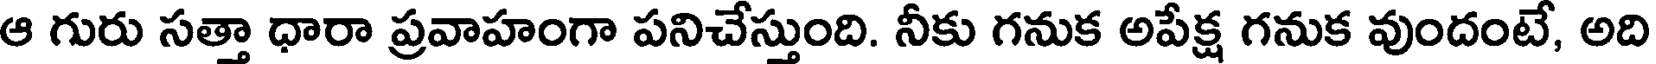
ఆ గురు సత్తా ధారా ప్రవాహంగా పనిచేస్తుంది. నీకు గనుక అపేక్ష గనుక వుందంటే, అది